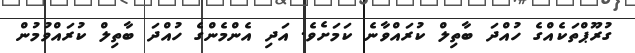
ގުރޫޕްތަކެއްގެ ހުއްދަ ބާތިލް ކުރައްވާނެ ކަމަށެވެ. އަދި އެންމެންގެ ހުއްދަ ބާތިލް ކުރައްވުމުން